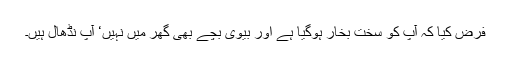
فرض کیا کہ آپ کو سخت بخار ہوگیا ہے اور بیوی بچے بھی گھر میں نہیں‘ آپ نڈھال ہیں۔